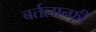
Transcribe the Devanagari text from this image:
बर्तलान्फी